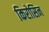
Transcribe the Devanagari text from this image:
किरोसिन